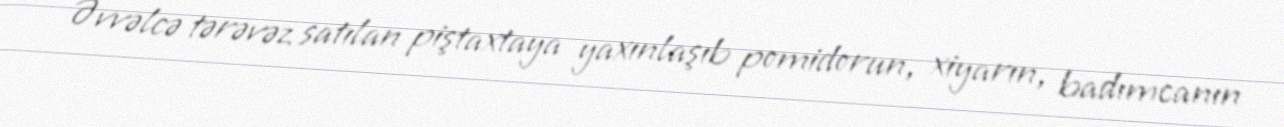
Əvvəlcə tərəvəz satılan piştaxtaya yaxınlaşıb pomidorun, xiyarın, badımcanın